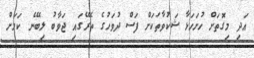
އަދި މިގޮތަށް ހުށަހަޅާ ޝަކުވާތަކަށް ފަސް ދުވަހުގެ ތެރޭގައި ޖަވާބު ލިބޭނެ ކަމަށް